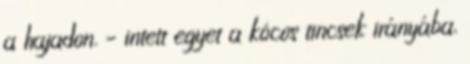
a hajadon. – intett egyet a kócos tincsek irányába,